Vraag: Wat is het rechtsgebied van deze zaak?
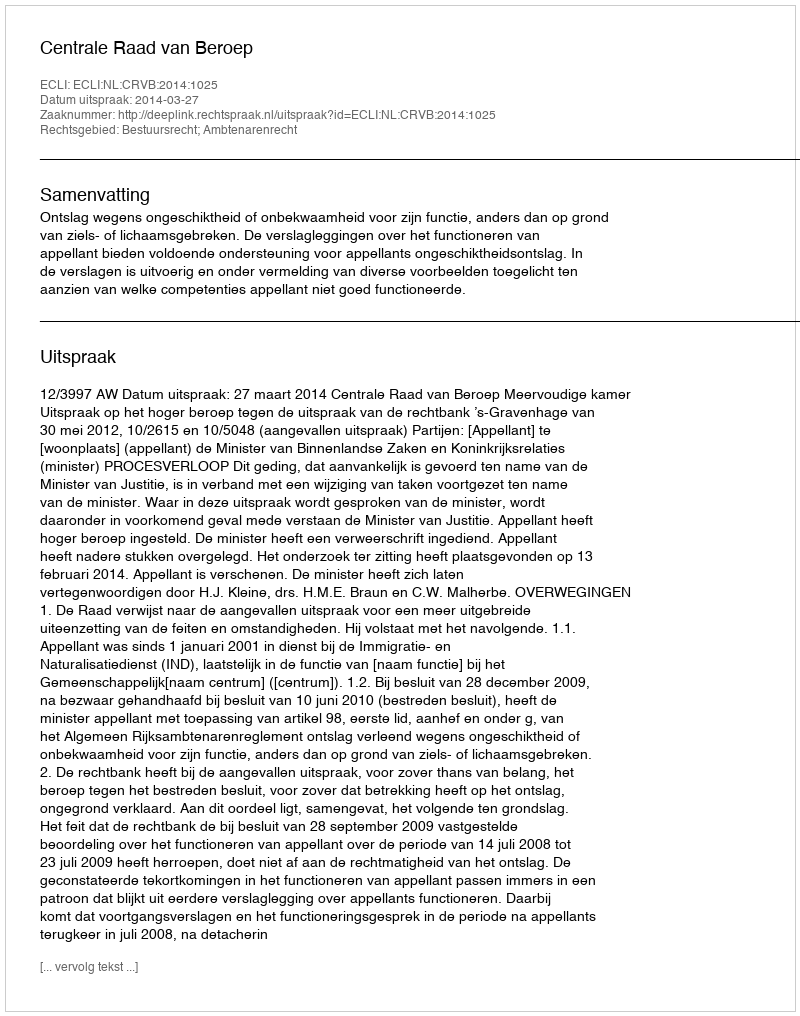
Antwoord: Bestuursrecht; Ambtenarenrecht